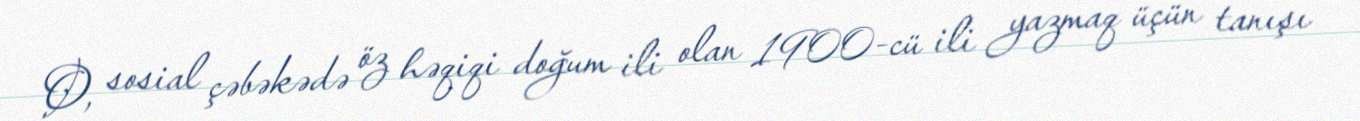
O, sosial çəbəkədə öz həqiqi doğum ili olan 1900-cü ili yazmaq üçün tanışı